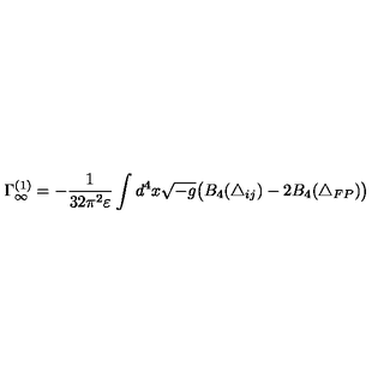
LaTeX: \Gamma _ { \infty } ^ { ( 1 ) } = - \frac { 1 } { 3 2 \pi ^ { 2 } \varepsilon } \int d ^ { 4 } x \sqrt { - g } \bigl ( B _ { 4 } ( \triangle _ { i j } ) - 2 B _ { 4 } ( \triangle _ { F P } ) \bigr )